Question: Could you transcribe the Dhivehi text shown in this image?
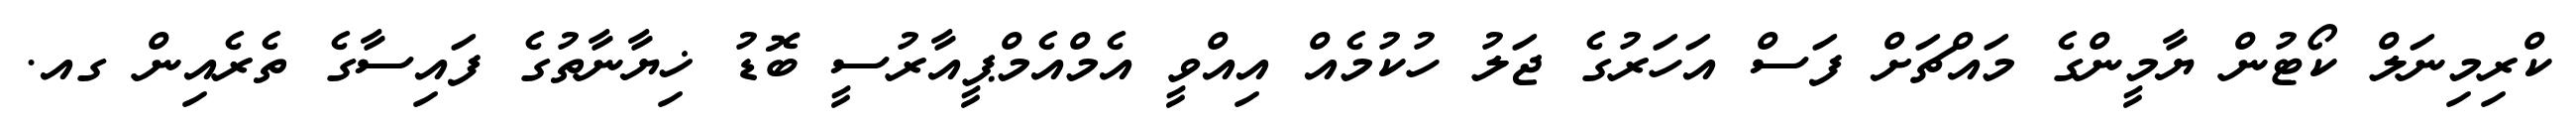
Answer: ކްރިމިނަލް ކޯޓުން ޔާމީންގެ މައްޗަށް ފަސް އަހަރުގެ ޖަލު ހުކުމެއް އިއްވީ އެމްއެމްޕީއާރުސީ ބޮޑު ޚިޔާނާތުގެ ފައިސާގެ ތެރެއިން ގއ.